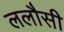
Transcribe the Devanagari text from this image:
ललौसी